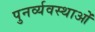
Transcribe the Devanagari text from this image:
पुनर्व्यवस्थाओं